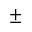
\pm